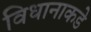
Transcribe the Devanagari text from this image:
विधानाकडे